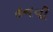
હનવી